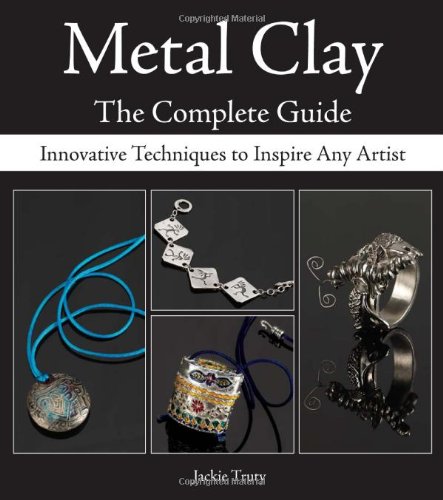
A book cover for Metal Clay - The Complete Guide: Innovative Techniques to Inspire Any Artist; Jackie Truty; Crafts, Hobbies & Home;